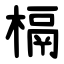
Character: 槅